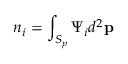
n _ { i } = \int _ { S _ { p } } \Psi _ { i } d ^ { 2 } \mathbf { p }